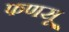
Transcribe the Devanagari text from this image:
फणसू